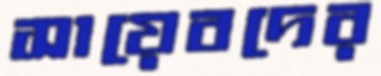
সায়েবদের